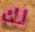
لك